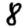
Digit: 8